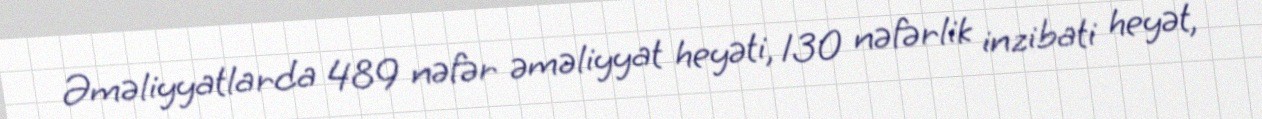
Əməliyyatlarda 489 nəfər əməliyyat heyəti, 130 nəfərlik inzibati heyət,